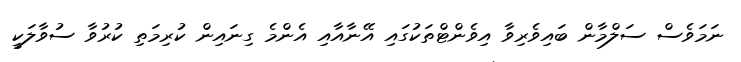
ނަމަވެސް ސަލްމާން ބައިވެރިވާ އިވެންޓްތަކުގައި އޭނާއާއި އެންމެ ގިނައިން ކުރިމަތި ކުރުވާ ސުވާލަކީ